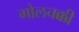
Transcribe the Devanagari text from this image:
गोलचक्की